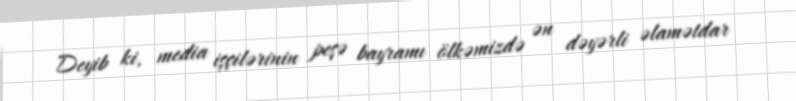
Deyib ki, media işçilərinin peşə bayramı ölkəmizdə ən dəyərli əlamətdar